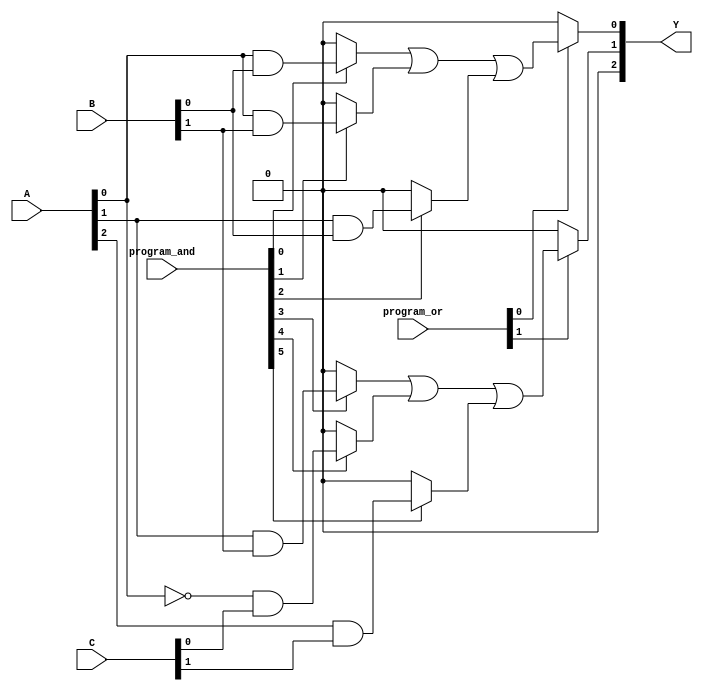
module programmable_logic_array (
    input wire [2:0] A,      // Example: 3 input lines
    input wire [2:0] B,      // Example: 3 input lines
    input wire [2:0] C,      // Example: 3 input lines
    input wire [5:0] program_and, // Programming connections for AND plane
    input wire [2:0] program_or,  // Programming connections for OR plane
    output wire [2:0] Y       // Example: 3 output lines
);

// AND Plane - 8 AND gates for 3 inputs
wire [7:0] and_out;

// Generate AND gates based on programmable connections
assign and_out[0] = program_and[0] ? (A[0] & B[0]) : 0;
assign and_out[1] = program_and[1] ? (A[0] & B[1]) : 0;
assign and_out[2] = program_and[2] ? (A[1] & B[0]) : 0;
assign and_out[3] = program_and[3] ? (A[1] & B[1]) : 0;
assign and_out[4] = program_and[4] ? (~A[0] & C[0]) : 0;
assign and_out[5] = program_and[5] ? (A[2] & C[1]) : 0;
assign and_out[6] = program_and[6] ? (B[2] & C[2]) : 0;
assign and_out[7] = program_and[7] ? (~B[1] & ~C[0]) : 0;

// OR Plane - 3 OR gates for 3 outputs
assign Y[0] = program_or[0] ? (and_out[0] | and_out[1] | and_out[2]) : 0;
assign Y[1] = program_or[1] ? (and_out[3] | and_out[4] | and_out[5]) : 0;
assign Y[2] = program_or[2] ? (and_out[6] | and_out[7]) : 0;

endmodule